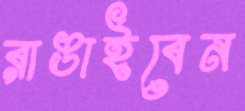
রাঙাইবেন